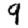
Digit: 9